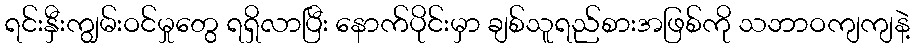
ရင်းနှီးကျွမ်းဝင်မှုတွေ ရရှိလာပြီး နောက်ပိုင်းမှာ ချစ်သူရည်စားအဖြစ်ကို သဘာဝကျကျနဲ့